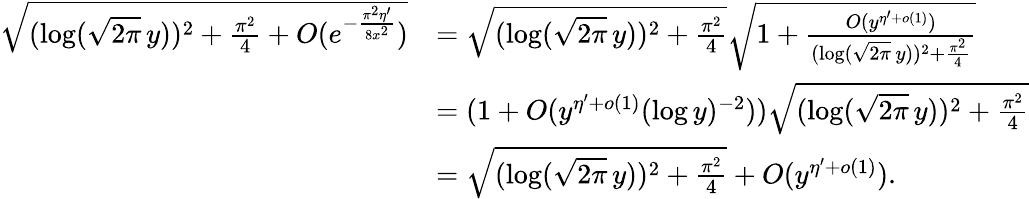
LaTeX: \begin{array}{rl}{\sqrt{(\log(\sqrt{2\pi}\, y))^{2}+\frac{\pi^{2}}{4}+O(e^{-\frac{\pi^{2}\eta^{\prime}}{8x^{2}}})}}&{=\sqrt{(\log(\sqrt{2\pi}\, y))^{2}+\frac{\pi^{2}}{4}}\sqrt{1+\frac{O(y^{\eta^{\prime}+o(1)})}{(\log(\sqrt{2\pi}\, y))^{2}+\frac{\pi^{2}}{4}}}}\\ &{=(1+O(y^{\eta^{\prime}+o(1)}(\log y)^{-2}))\sqrt{(\log(\sqrt{2\pi}\, y))^{2}+\frac{\pi^{2}}{4}}}\\ &{=\sqrt{(\log(\sqrt{2\pi}\, y))^{2}+\frac{\pi^{2}}{4}}+O(y^{\eta^{\prime}+o(1)}).}\end{array}